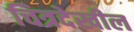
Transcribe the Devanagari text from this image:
चित्रदेखील